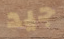
جيد